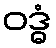
ဝဒ္ဓံ